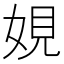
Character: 娊